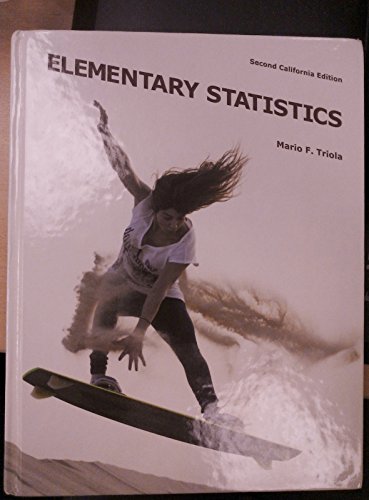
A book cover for Elementary Statistics, 2nd Edition; Mario F. Triola; Travel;